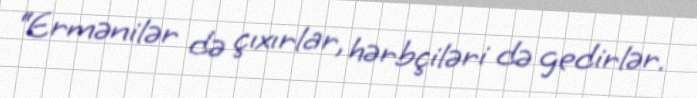
“Ermənilər də çıxırlar, hərbçiləri də gedirlər.